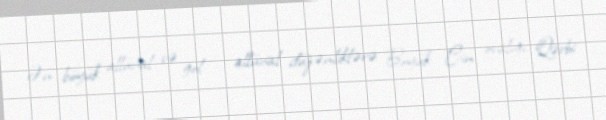
Ən böyük allüvial və göl - allüvial düzənliklərə Böyük Çin ovalığı, Qərbi